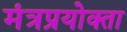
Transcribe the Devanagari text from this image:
मंत्रप्रयोक्ता